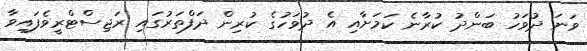
ވަނަ ދުވަހު ބަންދު ކުރާނެ ކަމަށާއި އެ ދުވަހުގެ ކުރިން ދަފްތަރުގައި ރަޖިސްޓްރީވެފައިވާ